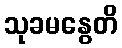
သုခမနွေတိ